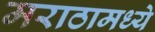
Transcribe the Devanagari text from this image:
मराठामध्ये